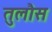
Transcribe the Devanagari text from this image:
तुलौस